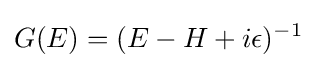
G(E)=(E-H+i\epsilon )^{-1}